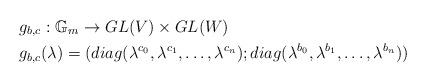
LaTeX: \begin{align*} &g_{b,c}: \mathbb{G}_m \to GL(V)\times GL(W)\\ &g_{b,c}(\lambda) = (diag(\lambda^{c_0},\lambda^{c_1},\dots, \lambda^{c_n});diag(\lambda^{b_0},\lambda^{b_1},\dots, \lambda^{b_n})) \end{align*}